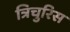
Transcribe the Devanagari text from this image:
त्रिचुरिस